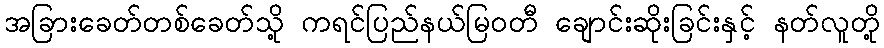
အခြားခေတ်တစ်ခေတ်သို့ ကရင်ပြည်နယ်မြဝတီ ချောင်းဆိုးခြင်းနှင့် နတ်လူတို့